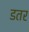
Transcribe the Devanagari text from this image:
डतर